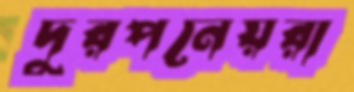
দুরপনেয়রা